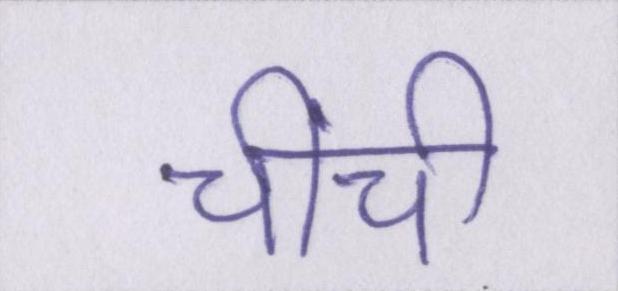
चींची